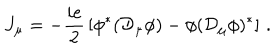
J _ { \mu } = - { \frac { i e } { 2 } } \left[ \phi ^ { * } ( { \cal D } _ { \mu } \phi ) - \phi ( { \cal D } _ { \mu } \phi ) ^ { * } \right] \, .